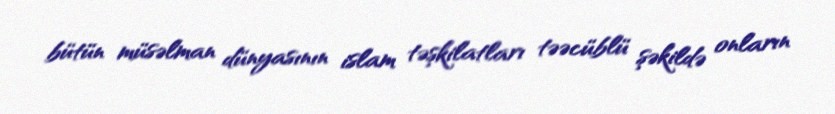
bütün müsəlman dünyasının islam təşkilatları təəcüblü şəkildə onların